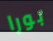
بورا